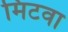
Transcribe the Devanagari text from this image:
मिटवा